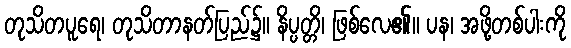
တုသိတပူရေ၊ တုသိတာနတ်ပြည်၌။ နိပ္ပတ္တိ၊ ဖြစ်လေ၏။ ပန၊ အဖို့တစ်ပါးကို